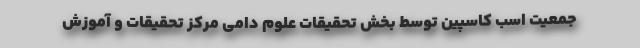
جمعیت‌ اسب کاسپین توسط بخش تحقیقات علوم دامی مرکز تحقیقات و آموزش